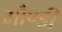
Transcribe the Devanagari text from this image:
मौण्डी